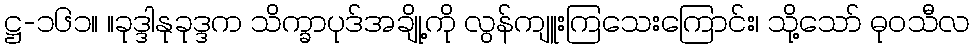
ဋ္ဌ-၁၆၁။ ။ခုဒ္ဒါနုခုဒ္ဒက သိက္ခာပုဒ်အချို့ကို လွန်ကျူးကြသေးကြောင်း၊ သို့သော် ဓုဝသီလ